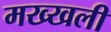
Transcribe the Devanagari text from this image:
मख्खली